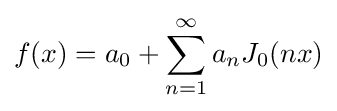
f(x)=a_{0}+\sum _{n=1}^{\infty }a_{n}J_{0}(nx)